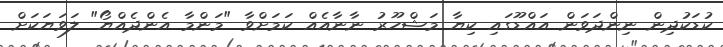
ކުޑަކުދިން ނިންދަވަން އައްޑޫގައި ކިޔާ މަޝްހޫރު ނާނާއެއް ކަމަށްވާ "މަންމާ އެންދެއްޔޯ" ލަވަޔަކަށް